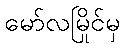
မော်လမြိုင်မှ